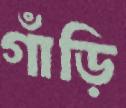
গাঁড়ি